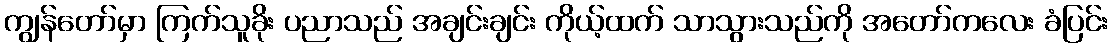
ကျွန်တော်မှာ ကြက်သူခိုး ပညာသည် အချင်းချင်း ကိုယ့်ထက် သာသွားသည်ကို အတော်ကလေး ခံပြင်း